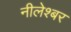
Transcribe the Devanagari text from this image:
नीलेश्बर